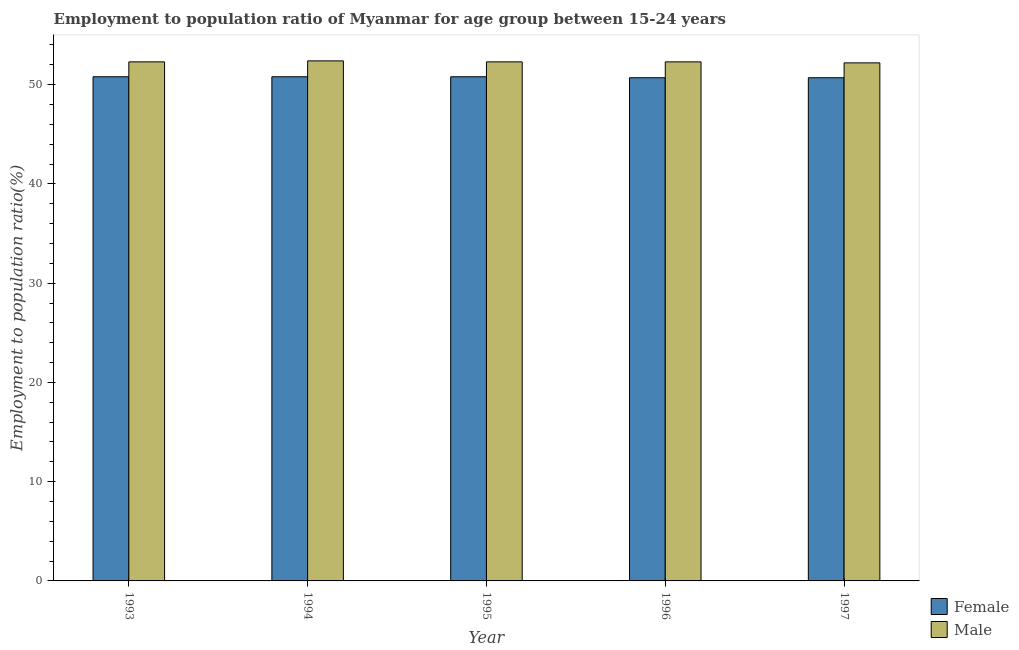
| Year | Female | Male |
 | --- | --- | --- |
 | 1993 | 50.8 | 52.3 |
 | 1994 | 50.8 | 52.4 |
 | 1995 | 50.8 | 52.3 |
 | 1996 | 50.7 | 52.3 |
 | 1997 | 50.7 | 52.2 |